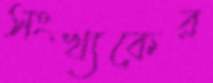
সংখ্যকের